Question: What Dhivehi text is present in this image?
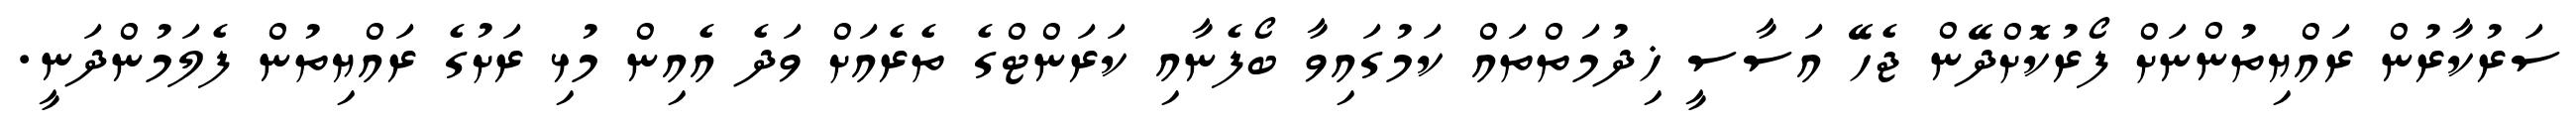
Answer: ސަރުކާރުން ރައްޔިތުންނަށް ފޯރުކޮށްދޭން ޖެހޭ އަސާސީ ޚިދުމަތްތައް ކަމުގައިވާ ބޯފެނާއި ކަރަންޓްގެ ތެރެއަށް ވަދެ އެއިން މުޅި ރަށުގެ ރައްޔިތުން ފެލަމުންދަނީ.